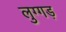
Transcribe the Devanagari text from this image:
लुग्गड़